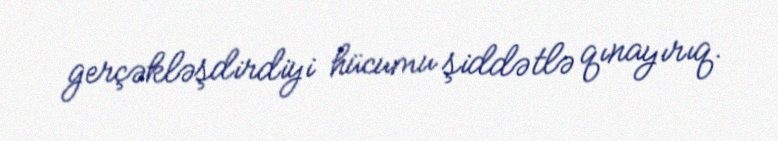
gerçəkləşdirdiyi hücumu şiddətlə qınayırıq.